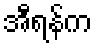
အီရန်က